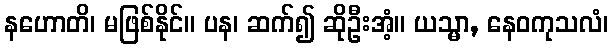
နဟောတိ၊ မဖြစ်နိုင်။ ပန၊ ဆက်၍ ဆိုဦးအံ့။ ယသ္မာ, နေဝကုသလံ၊